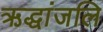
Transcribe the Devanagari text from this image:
ऋद्धांजलि